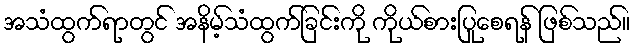
အသံထွက်ရာတွင် အနိမ့်သံထွက်ခြင်းကို ကိုယ်စားပြုစေရန် ဖြစ်သည်။